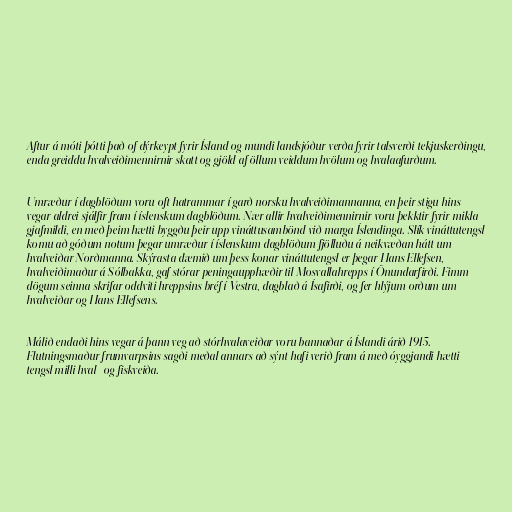
Aftur á móti þótti það of dýrkeypt fyrir Ísland og mundi landsjóður verða fyrir talsverði tekjuskerðingu,
enda greiddu hvalveiðimennirnir skatt og gjöld af öllum veiddum hvölum og hvalaafurðum.

Umræður í dagblöðum voru oft hatrammar í garð norsku hvalveiðimannanna, en þeir stigu hins
vegar aldrei sjálfir fram í íslenskum dagblöðum. Nær allir hvalveiðimennirnir voru þekktir fyrir mikla
gjafmildi, en með þeim hætti byggðu þeir upp vináttusambönd við marga Íslendinga. Slík vináttutengsl
komu að góðum notum þegar umræður í íslenskum dagblöðum fjölluðu á neikvæðan hátt um
hvalveiðar Norðmanna. Skýrasta dæmið um þess konar vináttutengsl er þegar Hans Ellefsen,
hvalveiðimaður á Sólbakka, gaf stórar peningaupphæðir til Mosvallahrepps í Önundarfirði. Fimm
dögum seinna skrifar oddviti hreppsins bréf í Vestra, dagblað á Ísafirði, og fer hlýjum orðum um
hvalveiðar og Hans Ellefsens.

Málið endaði hins vegar á þann veg að stórhvalaveiðar voru bannaðar á Íslandi árið 1915.
Flutningsmaður frumvarpsins sagði meðal annars að sýnt hafi verið fram á með óyggjandi hætti
tengsl milli hval- og fiskveiða.